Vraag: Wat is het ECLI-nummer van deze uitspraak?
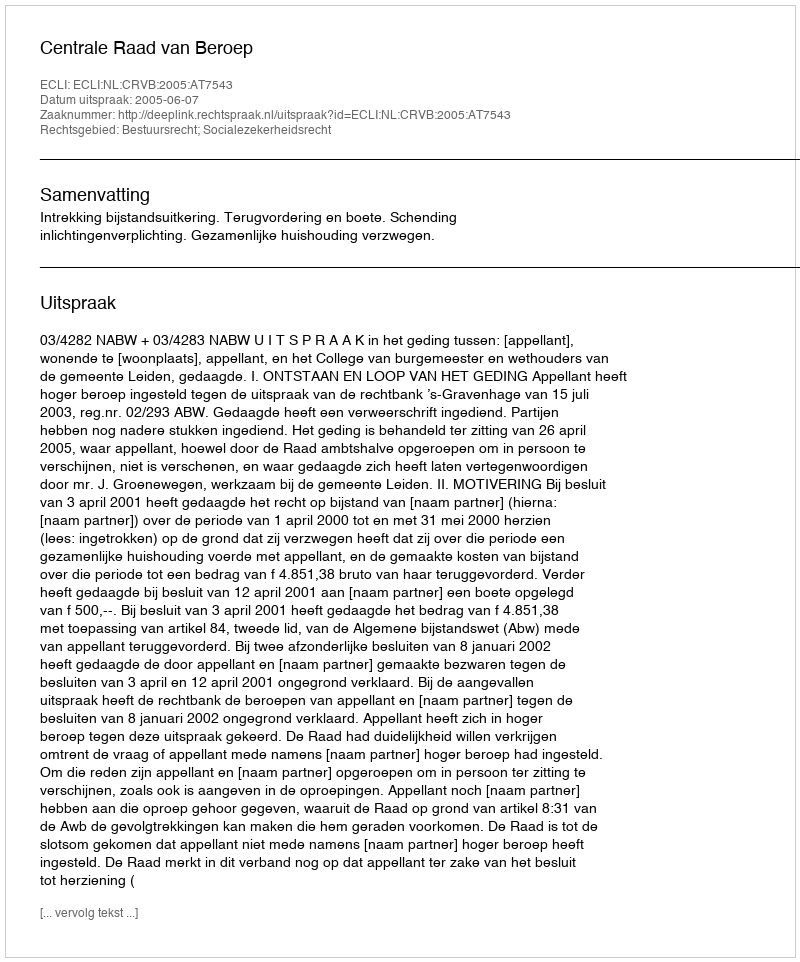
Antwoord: ECLI:NL:CRVB:2005:AT7543